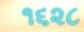
૧૬૨૮